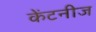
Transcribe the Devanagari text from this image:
केंटनीज